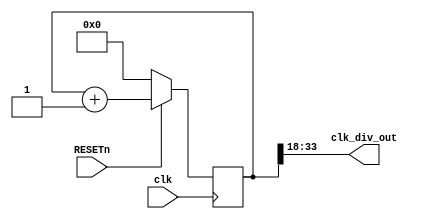
`timescale 1ns / 1ps
//////////////////////////////////////////////////////////////////////////////////
// Company: CYCU
// Engineer: 
// 
// Design Name: 
// Module Name:    Clk_Div 
// Project Name: 
// Target Devices: 
// Tool versions: 
// Description: 
//
// Dependencies: 
//
// Revision: 
// Revision 0.01 - File Created
// Additional Comments: 
//
//////////////////////////////////////////////////////////////////////////////////
module Clk_Div(clk, RESETn, clk_div_out);
   input clk;
   input  RESETn;
   output [15:0] clk_div_out;
   reg [63:0] 	 count;
   wire [15:0] 	 clk_div_out;
     
   assign clk_div_out=count[33:18];//??KHzWv
	 
   always@(posedge clk)
     begin
	if(!RESETn)
	  count<=64'b0;
	else
	  count<=count+1;
	
     end 
endmodule